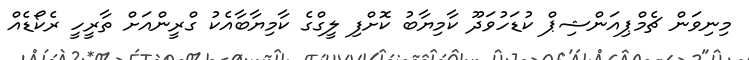
މިނިވަން ޗެމްޕިއަންޝިޕް ކުޑަހުވަދޫ ކާމިޔާބު ކޮށްފި ލީގްގެ ކާމިޔާބާއެކު ގްރީންއަށް ތާރީހީ ރެކޯޑެއް